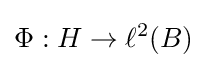
\Phi :H\to \ell ^{2}(B)